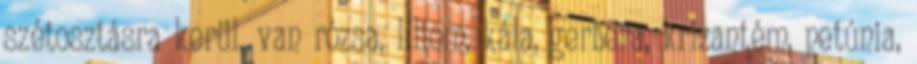
szétosztásra kerül, van rózsa, liliom, kála, gerbera, krizantém, petúnia,